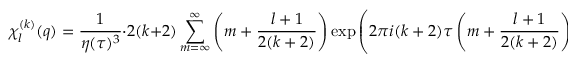
\chi _ { l } ^ { ( k ) } ( q ) = { \frac { 1 } { \eta ( \tau ) ^ { 3 } } } \cdot 2 ( k + 2 ) \sum _ { m = \infty } ^ { \infty } \left( m + { \frac { l + 1 } { 2 ( k + 2 ) } } \right) \exp \left( 2 \pi i ( k + 2 ) \tau \left( m + { \frac { l + 1 } { 2 ( k + 2 ) } } \right) ^ { 2 } \right) ,